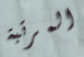
المرتبة